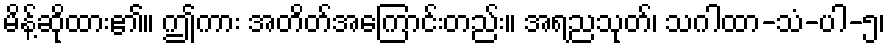
မိန့်ဆိုထား၏။ ဤကား အတိတ်အကြောင်းတည်း။ အရညသုတ်၊ သဂါထာ-သံ-ပါ-၅၊